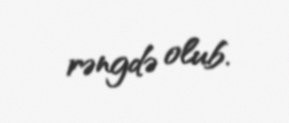
rəngdə olub.